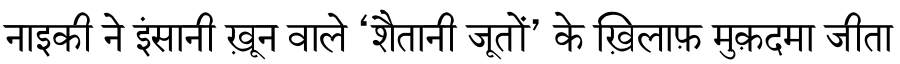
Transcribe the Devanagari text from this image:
नाइकी ने इंसानी ख़ून वाले ‘शैतानी जूतों’ के ख़िलाफ़ मुक़दमा जीता